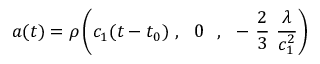
a ( t ) = \rho \left( c _ { 1 } ( t - t _ { 0 } ) \ , \ \ 0 \ \ , \ \ - \ \frac { 2 } { 3 } \ \frac { \lambda } { c _ { 1 } ^ { 2 } } \right)